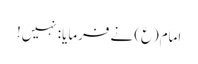
امام(ع) نے فرمایا: نہیں!